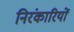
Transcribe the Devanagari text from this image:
निरंकारियों